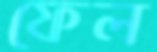
ফেল